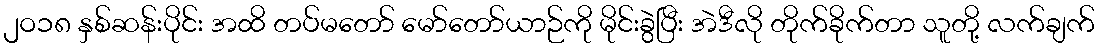
၂ဝ၁၈ နှစ်ဆန်းပိုင်း အထိ တပ်မတော် မော်တော်ယာဉ်ကို မိုင်းခွဲပြီး အဲဒီလို တိုက်ခိုက်တာ သူတို့ လက်ချက်